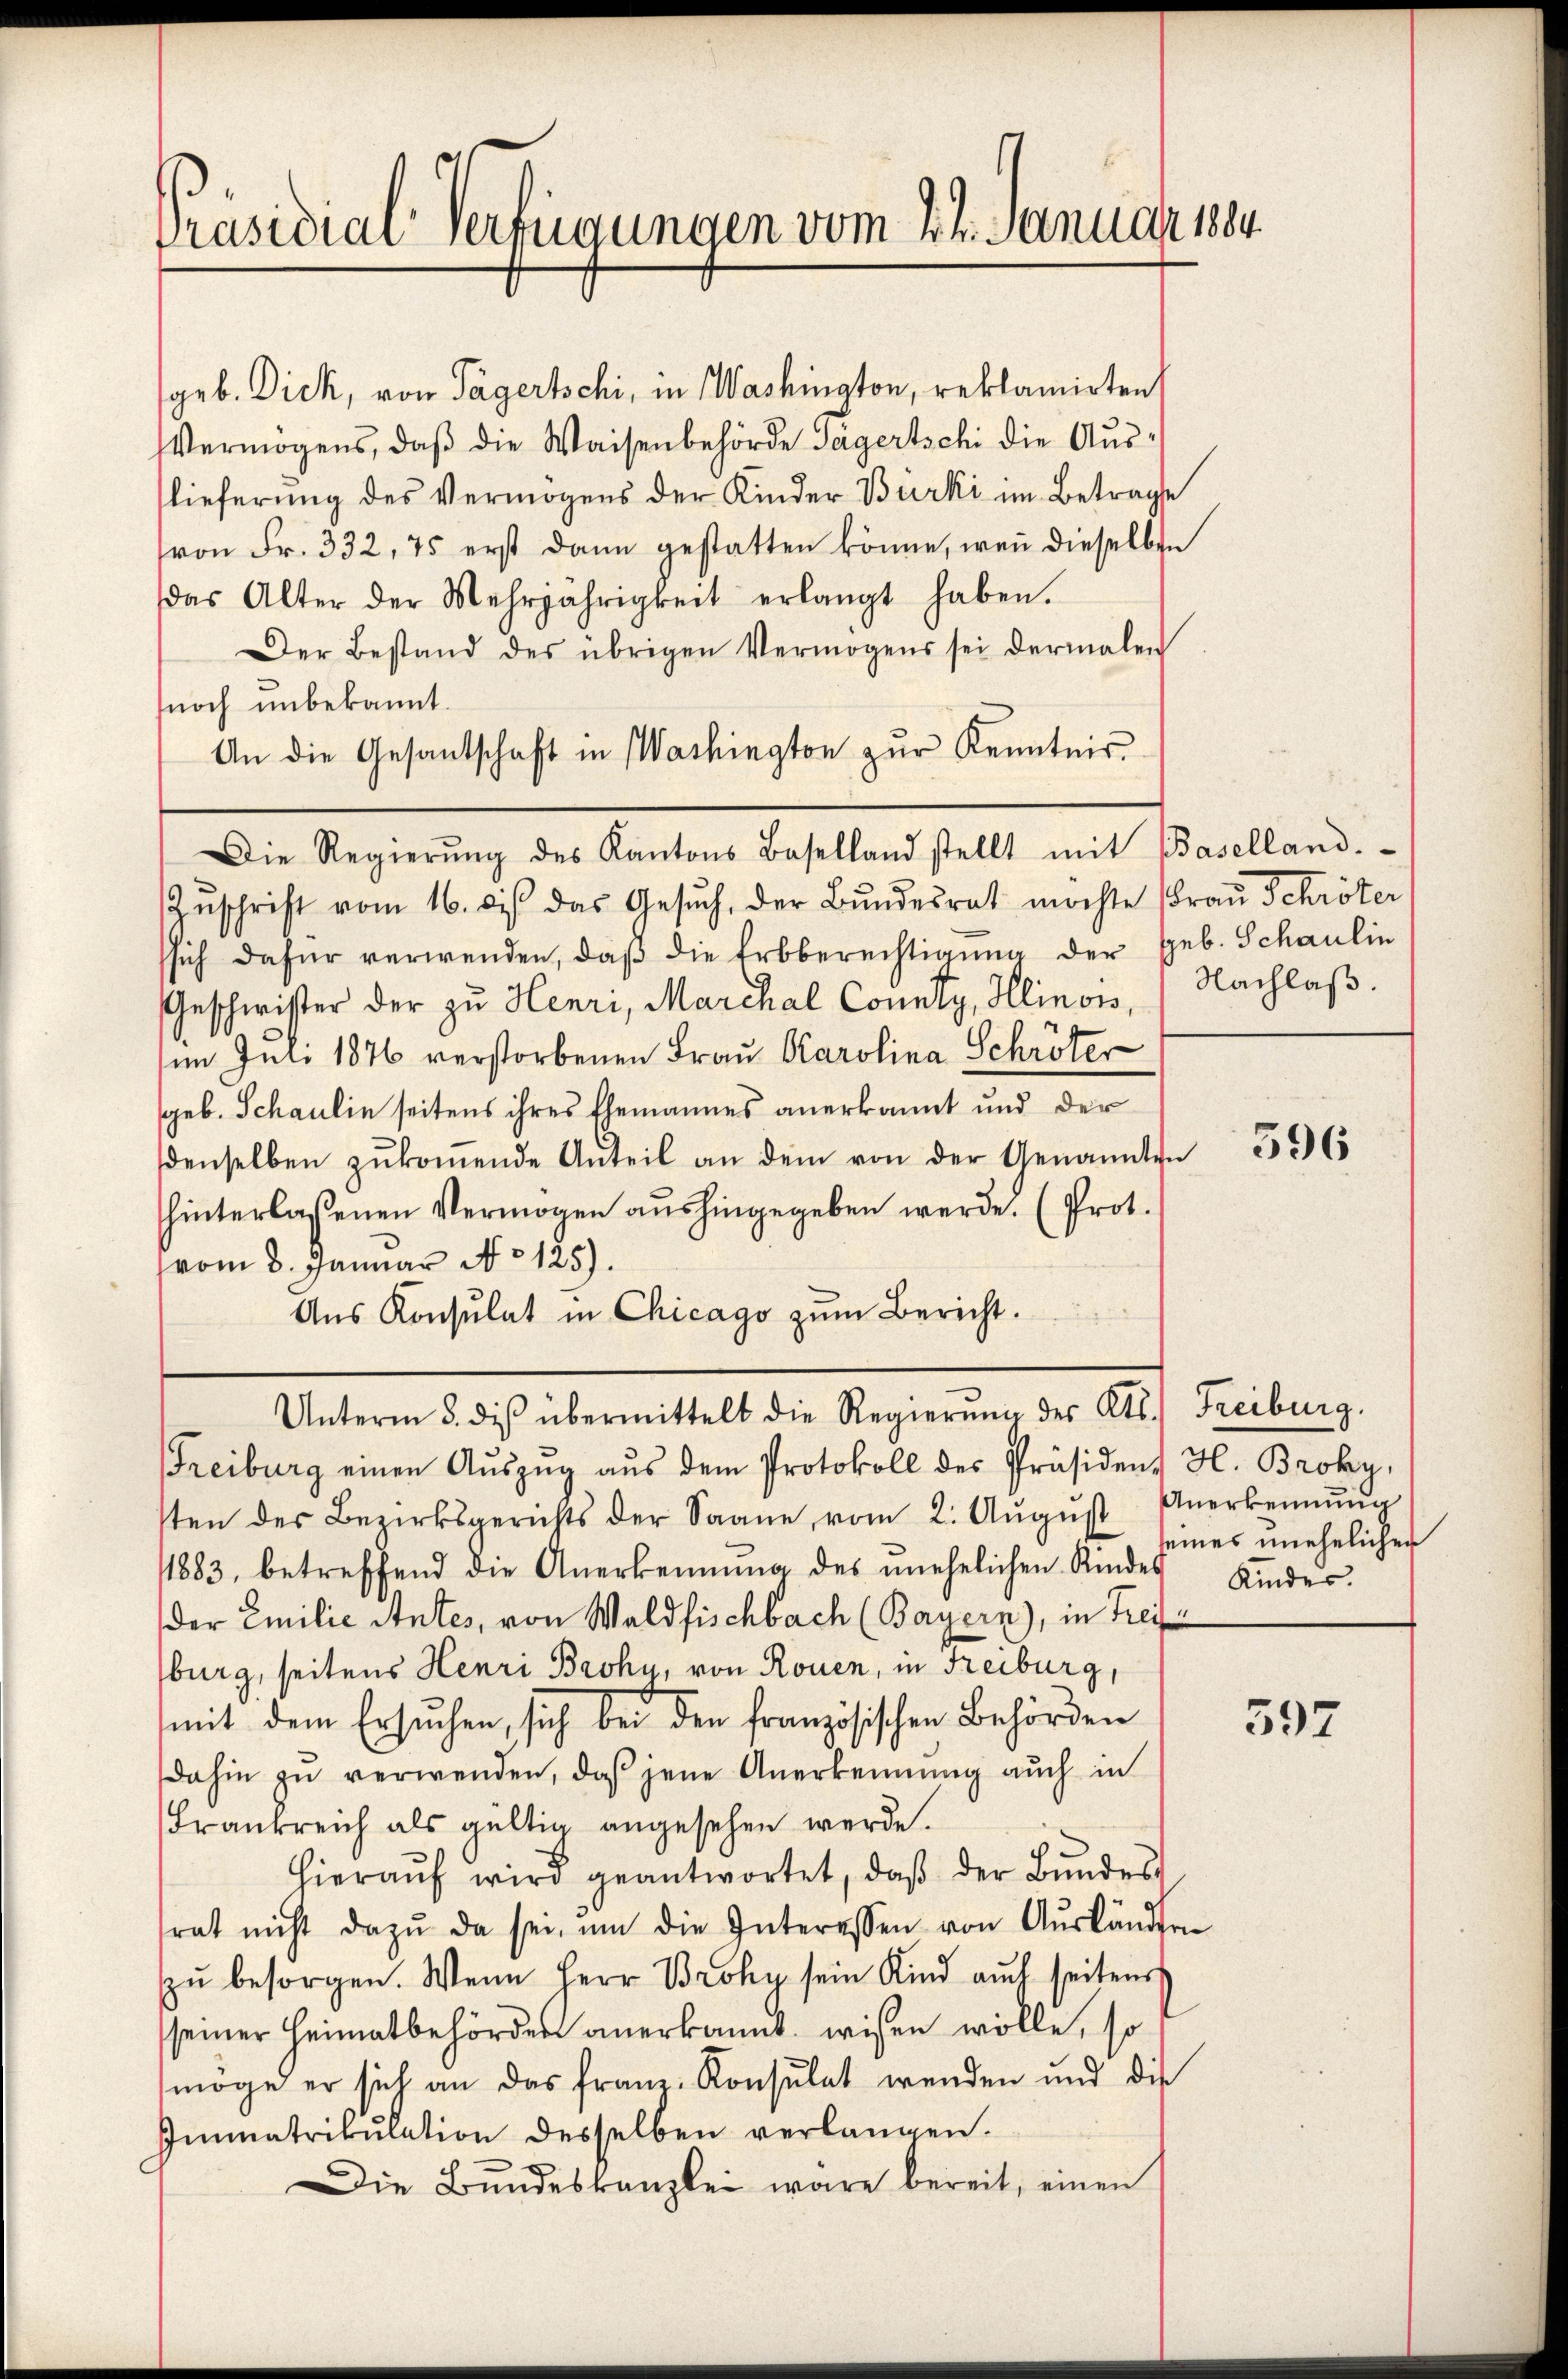
Präsidial-Verfügungen vom 24. Januar 1884.

geb. Dick, von Tägertschi, in Washington, reklamirten
Vermögens, daβ die Waisenbehörde Sagertschi die Auslieferung des Vermögens der Kinder Burki im Betrage
von Fr. 332, 75 erst dann gestatten könne, wenn dieselben
das Alter der Mehrjährigkeit erlangt haben.
Der Bestand des übrigen Vermögens sei dermalen
noch unbekannt.
An die Gesantschaft in Washington zur Kenntnis
Zŭschrift vom 16. dβ das Gesŭch, der Bŭndesrat möchte Frau Schröter,
ssich dafür verwenden, daβ die Erbberechtigung der geb. Schaulin
Geschwister der zu Henri, Marchal County, Hlinois, Nachlaß
im Juli 1876 verstorbenen Frau Karolina Schröter
geb. Schaulin seitens ihres Ehemannes anerkannt und der
denselben zŭkoṁende Anteil an dem von der Genannten
hinterlassenen Vermögen aushingegeben werde. (Prot.
vom 8. Januar No 125).
Aŭs Konsulat in Chicago zum Bericht.
Unterm 5. diβ übermittelt die Regierung des Kts. Freiburg.
Freiburg einen Aŭszŭg aŭs dem Protokoll des Präsident H. Broky,
sten der Bezirksgerichts der Saane vom 2. Aŭgŭst Anerkennung
1883, betreffend die Anerkennung des unehelichen Kindes Kinder.
der Emilie Antes, von Waldfischbach (Bayern), in Frei
burg, seitens Henri Broky, von Rouen, in Freiburg,
mit dem Ersuchen, sich bei den französischen Behörden
dahin zŭ verwenden, daß jene Anerkennung auch in
Frankreich als gültig angesehen werde.
hieraŭf wird geantwortet, daβ der Bŭndes
rat nicht dazŭ da sei, um die Interessen von Aŭsländern
zŭ besorgen. Wenn Herr Broky sein Kind aŭch seitens
seiner Heimatbehörden anerkannt wissen wolle, so
möge er sich an das franz-Konsulat wenden und die
Immatrikulation desselben verlangen.
Die Bŭndeskanzlei wäre bereit, einen

Die Regierŭng des Kantons Baselland stellt mit Baselland.

396

seines unehelichen

597